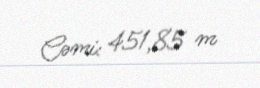
Cəmi: 451,85 m